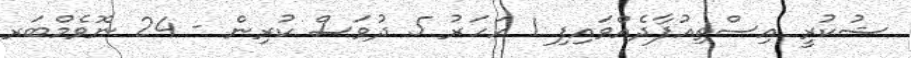
ޝުކުރީ އިސްތިއުފާދެއްވައިފި 1 އަހަރު 5 ދުވަސް ކުރިން - 24 ނޮވެމްބަރ